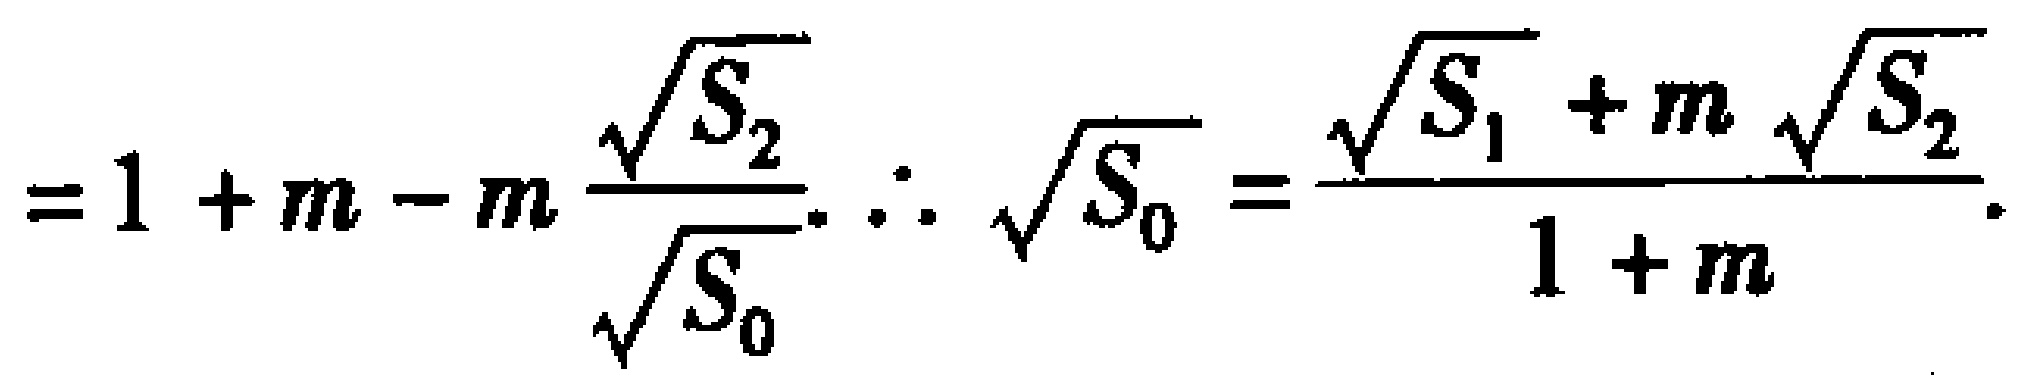
$=1 + m - m\frac{\sqrt{S_{2}}}{\sqrt{S_{0}}}.\therefore\sqrt{S_{0}}=\frac{\sqrt{S_{1}}+m\sqrt{S_{2}}}{1 + m}.$